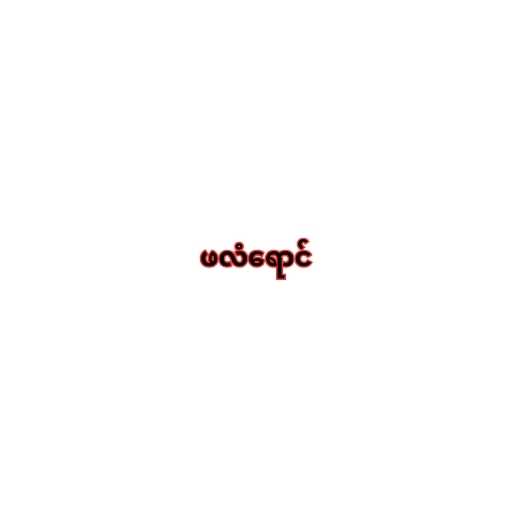
ဖလံရောင်